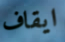
ايقاف